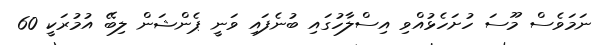
ނަމަވެސް މޫސަ ހުށަހެޅުއްވި އިސްލާހުގައި ބުނެފައި ވަނީ ޕެންޝަން ލިބޭ އުމުރަކީ 60